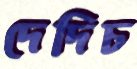
দেদিচ